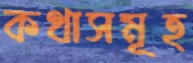
কথাসমূহ